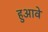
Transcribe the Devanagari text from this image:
हुआवे